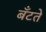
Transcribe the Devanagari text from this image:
बँटते